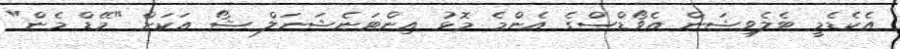
އެކެޑެމީ ޓެލެވިޝަން އެވޯޑްސްގެ އެންމެ މޮޅު އިންޓަނެޝަނަލް ޝޯ އަކަށް "މޭޑް މެން"